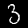
Label: 3